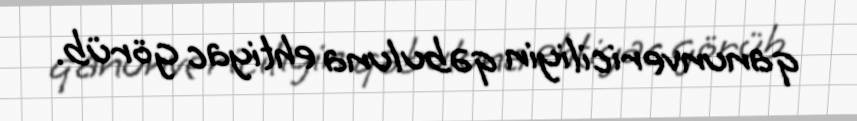
qanunvericiliyin qəbuluna ehtiyac görüb.